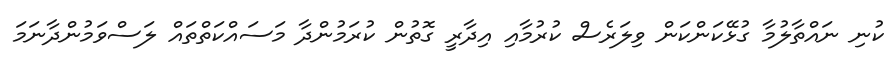
ކުނި ނައްތާލުމާ ގުޅޭކަންކަން ވިލަރެސް ކުރުމާއި އިދާރީ ގޮތުން ކުރަމުންދާ މަސައްކަތްތައް ލަސްވަމުންދާނަމަ